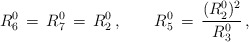
\begin{align*}R^0_6 \, = \, R^0_7 \, = \, R^0_2 \, , \qquad R^0_5 \, = \, \frac{(R^0_2)^2}{R^0_3} \, ,\end{align*}